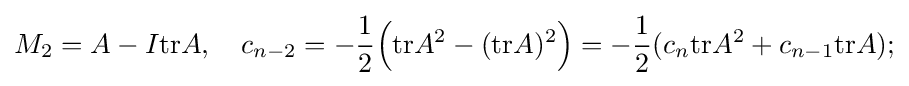
M_{2}=A-I\mathrm {tr} A,\quad c_{n-2}=-{\frac {1}{2}}{\Bigl (}\mathrm {tr} A^{2}-(\mathrm {tr} A)^{2}{\Bigr )}=-{\frac {1}{2}}(c_{n}\mathrm {tr} A^{2}+c_{n-1}\mathrm {tr} A);